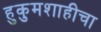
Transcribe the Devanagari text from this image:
हुकुमशाहीचा